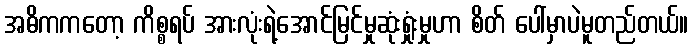
အဓိကကတော့ ကိစ္စရပ် အားလုံးရဲ့အောင်မြင်မှုဆုံးရှုံးမှုဟာ စိတ် ပေါ်မှာပဲမူတည်တယ်။